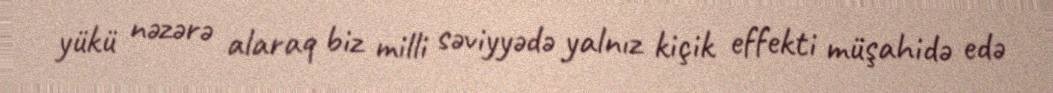
yükü nəzərə alaraq biz milli səviyyədə yalnız kiçik effekti müşahidə edə